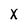
Character: X